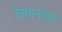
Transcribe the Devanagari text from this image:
देवगनच्या